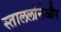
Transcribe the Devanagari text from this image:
स्ताललोनेऔर